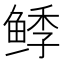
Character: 𱇺